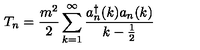
T _ { n } = \frac { m ^ { 2 } } { 2 } \sum _ { k = 1 } ^ { \infty } \frac { a _ { n } ^ { \dagger } ( k ) a _ { n } ( k ) } { k - \frac { 1 } { 2 } }